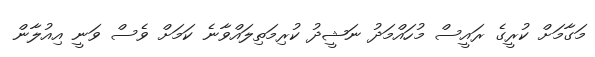
މަގާމަށް ކުރީގެ ރައީސް މުހައްމަދު ނަޝީދު ކުރިމަތިލައްވާނެ ކަމަށް ވެސް ވަނީ އިއުލާން